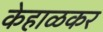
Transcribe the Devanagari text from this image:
केहाळकर